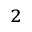
^ { 2 }